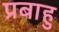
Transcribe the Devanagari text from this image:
प्रबाहु